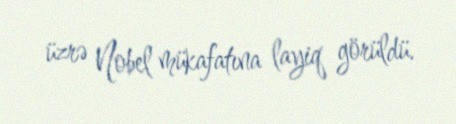
üzrə Nobel mükafatına layiq görüldü.